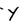
Character: Y